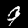
Digit: 9